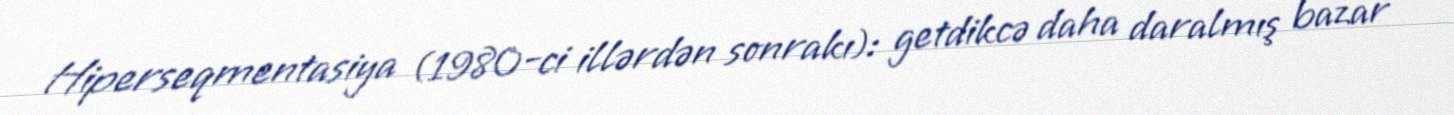
Hiperseqmentasiya (1980-ci illərdən sonrakı): getdikcə daha daralmış bazar